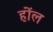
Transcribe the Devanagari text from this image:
होंल